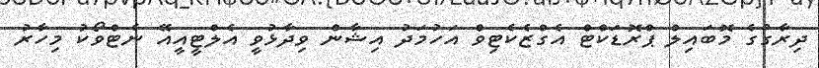
ދިރާގުގެ މޮބައިލް ޕްރޮޑަކްޓް އެގްޒެކެޓިވް އަހުމަދު އިޝާން ވިދާޅުވީ އެލްޓީއީއޭ ނެޓްވޯކު މިހާރު